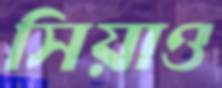
সিয়াও